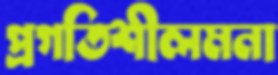
প্রগতিশীলমনা